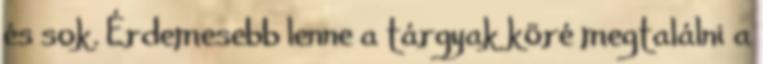
és sok. Érdemesebb lenne a tárgyak köré megtalálni a